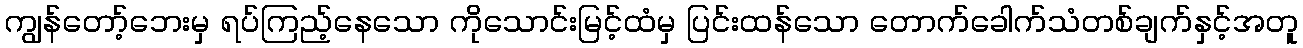
ကျွန်တော့်ဘေးမှ ရပ်ကြည့်နေသော ကိုသောင်းမြင့်ထံမှ ပြင်းထန်သော တောက်ခေါက်သံတစ်ချက်နှင့်အတူ